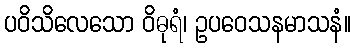
ပဝိသိလေသော ဝိဓုရံ၊ ဥပဝေသနမာသနံ။